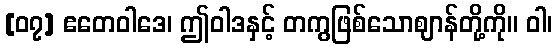
[၀၇] ဧတေဝါဒေ၊ ဤဝါဒနှင့် တကွဖြစ်သောဈာန်တို့ကို။ ဝါ၊